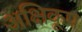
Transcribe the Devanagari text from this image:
अक्षिकूप